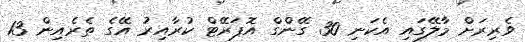
ވެރިރަށް މާލޭގައި އެކަނި 30 ގޭންގް އޮޕަރޭޓް ކުރާއިރު އޭގެ ތެރެއިން 13